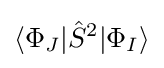
\langle \Phi _{J}|{\hat {S}}^{2}|\Phi _{I}\rangle